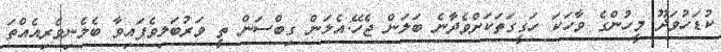
ކުޑަހުވަދޫ މީހުންގެ ވާހަކަ ހަގީގަތަކަށްވެދާނެ ބަލަން ޖެހޭ:އެލަން ގިބްސަން ތީ ވަރުބަލިވެފައިވާ ބެލެނިވެރިއެއްތަ